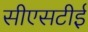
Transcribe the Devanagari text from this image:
सीएसटीई